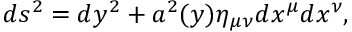
d s ^ { 2 } = d y ^ { 2 } + a ^ { 2 } ( y ) \eta _ { \mu \nu } d x ^ { \mu } d x ^ { \nu } ,